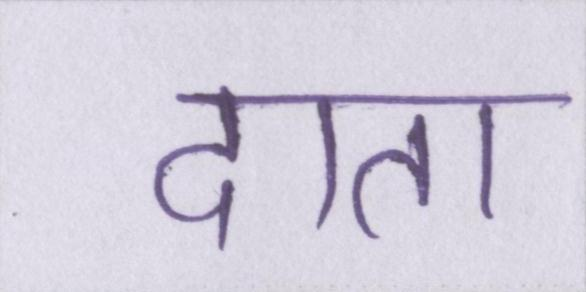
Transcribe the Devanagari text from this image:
दाता